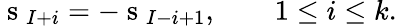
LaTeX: \mathrm{~s~}_{I+i}=-\mathrm{~s~}_{I-i+1},\qquad 1\leq i\leq k.